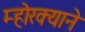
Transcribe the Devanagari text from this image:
म्होरक्याने